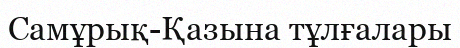
Самұрық-Қазына тұлғалары